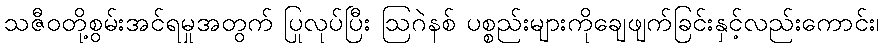
သဇီဝတို့စွမ်းအင်ရမှုအတွက် ပြုလုပ်ပြီး ဩဂဲနစ် ပစ္စည်းများကိုချေဖျက်ခြင်းနှင့်လည်းကောင်း၊